Annual report of lunatic asylums [Bombay] - 1912-1922
Year: 1912
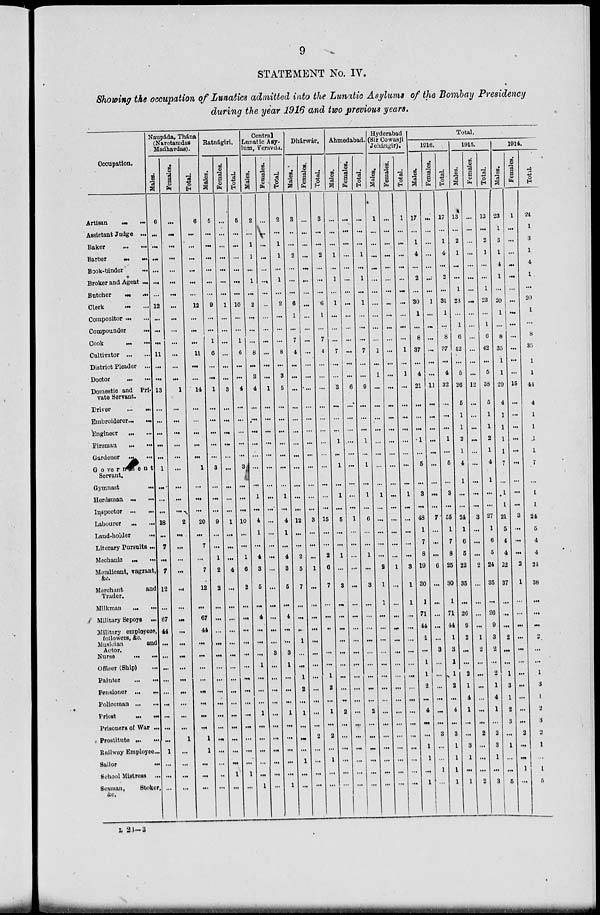
9
STATEMENT No. IV.
Showing the occupation of Lunatics admitted into the Lunatic Asylums of the Bombay Presidency
during the year 1916 and two previous years.
Occupation.
Artisan
...
...
Assistant Judge ...
Baker
...
...
Barber
...
...
Book-binder
...
Broker and Agent ...
Butcher ... ...
Clerk
...
...
Compositor ... ...
Compounder ...
Cook ... ...
Cultivator
...
...
District Pleader
...
Doctor
...
...
Domestic and Pri-
vate Servant.
Driver
...
...
Embroiderer ...
...
Engineer ... ...
Fireman
...
...
Gardener
...
...
Government
Servant.
Gymnast
...
Herdsman ...
...
Inspector
...
...
Labourer
...
...
Land-holder
...
Literary Pursuits ...
Mechanic ... ...
Mendicant, vagrant,
&c.
Merchant
and
Trader.
Milkman
...
...
Military Sepoys
...
Military employees,
followers, &c.
Musician
and
Actor.
Nurse
...
...
Officer (Ship) ...
Painter
...
...
Pensioner ... ...
Policeman
...
...
Priest
...
...
Prisoners of War ...
Prostitute
...
...
Railway Employee ...
Sailor
...
School Mistress ...
Seaman,
Stoker,
&c.
Naupáda, Thána
(Narotamdas
Madhavdas).
Males.
6
...
...
...
...
...
...
12
...
...
...
11
...
...
13
...
...
...
...
...
1
...
...
...
18
...
7
...
7
12
67
44
...
...
...
...
...
...
...
...
...
1
...
...
...
Females.
...
...
...
...
...
...
...
...
...
...
...
...
...
...
1
...
...
...
...
...
...
...
...
...
2
...
...
...
...
...
...
...
...
...
...
...
...
...
...
...
...
1
...
...
...
...
Total.
6
...
...
...
...
...
...
12
...
...
...
11
...
...
14
...
...
...
...
...
1
...
...
...
20
...
7
...
7
12
...
67
44
...
...
...
...
...
...
...
...
1
1
...
...
...
Ratnágiri.
Males.
5
...
...
...
...
...
...
9
...
...
1
6
...
...
1
...
...
...
...
...
3
...
...
...
9
...
...
1
2
2
...
...
...
...
...
...
...
...
...
...
...
...
...
...
..
...
Females.
...
...
...
...
...
...
...
1
...
...
...
...
...
...
3
...
...
...
...
...
...
...
...
...
1
...
...
...
4
...
...
...
...
...
...
...
...
...
...
...
...
...
...
...
1
...
Total.
5
...
...
...
...
...
...
10
...
...
1
6
...
...
4
...
...
...
...
...
3
...
...
...
10
...
...
1
6
2
...
...
...
...
...
...
...
...
...
...
...
...
...
...
1
...
Central
Lunatic Asy-
lum, Yeravda.
Males.
2
...
1
1
...
1
...
2
...
...
...
8
...
3
4
...
...
...
...
...
...
...
1
...
4
1
...
4
3
5
...
4
...
...
...
1
...
...
...
1
...
...
...
...
...
1
Females.
...
...
...
...
...
...
...
...
...
...
...
...
...
...
1
...
...
...
...
...
...
...
...
...
...
...
...
...
...
...
...
...
...
...
3
...
...
...
...
...
...
...
...
...
...
...
Total.
2
...
1
1
...
1
...
2
...
...
...
8
...
3
5
...
...
...
...
...
...
...
1
...
4
1
...
4
3
5
...
4
...
...
3
1
...
...
...
1
...
...
...
...
...
1
Dhárwár.
Males.
3
...
...
2
...
...
...
6
1
...
7
4
...
...
...
...
...
...
...
...
...
...
...
...
12
...
...
2
5
7
...
...
...
1
...
...
1
2
...
1
...
...
...
1
...
...
Females.
...
...
...
...
...
...
...
...
...
...
...
...
...
...
...
...
...
...
...
...
...
...
...
...
3
...
...
...
1
...
...
...
...
...
...
...
...
...
...
...
...
2
...
...
...
...
Total.
3
...
...
2
...
...
...
6
1
...
7
4
...
...
...
...
...
...
...
...
...
...
...
...
15
...
...
2
6
7
...
...
...
...
...
...
1
2
...
1
...
2
...
1
...
...
Ahmedabad.
Males.
...
...
...
1
...
1
...
1
...
...
...
7
...
...
3
...
...
...
1
...
1
...
1
...
5
...
...
1
...
3
...
...
...
...
...
...
...
...
...
2
...
...
...
...
...
...
Females.
...
...
...
...
...
...
...
...
...
...
...
...
...
...
6
...
...
...
....
...
...
...
...
...
1
...
...
...
...
...
...
...
...
...
...
...
...
...
...
...
...
...
...
...
...
...
Total.
...
...
...
1
...
1
...
1
...
...
...
7
...
...
9
...
...
...
1
...
1
...
1
...
6
...
...
1
...
3
...
...
...
...
...
...
...
...
...
2
...
...
...
...
...
...
Hyderabad
(Sir Cowasji
Jehángir).
Males.
1
...
...
...
...
...
...
...
...
...
...
1
...
1
...
...
...
...
...
...
...
...
1
...
...
...
...
...
2
1
1
...
...
...
...
...
...
...
...
...
...
...
...
...
...
...
Females.
...
...
...
...
...
...
...
...
...
...
...
...
...
...
...
...
...
...
...
...
...
...
...
...
...
...
...
...
1
...
...
...
...
...
...
...
...
...
...
...
...
...
...
...
...
...
Total.
1
...
...
...
...
...
...
...
...
...
...
1
...
1
...
...
...
...
...
...
...
...
1
...
...
...
...
...
3
1
1
...
...
...
...
...
...
...
...
...
...
...
...
...
...
Total.
1916.
Males.
17
...
1
4
...
2
...
30
1
...
8
37
...
4
21
...
...
...
1
...
5
...
3
...
48
1
7
8
19
30
1
71
44
1
...
1
1
2
...
4
...
...
1
1
...
1
Females.
...
...
...
...
...
...
...
1
...
...
...
...
...
...
11
...
...
...
...
...
...
...
...
...
7
...
...
...
6
...
...
...
...
...
3
...
...
...
...
...
...
3
...
...
1
...
Total.
17
...
1
4
...
2
...
31
1
...
8
37
...
4
32
...
...
...
1
...
5
...
3
...
55
1
7
8
25
30
1
71
44
1
3
1
1
2
...
4
...
3
1
1
1
1
1915.
Males.
13
...
2
1
...
...
1
23
...
1
6
42
...
5
26
5
1
1
2
1
4
1
...
...
24
1
6
5
22
35
...
26
9
2
...
...
2
1
4
1
...
...
3
1
...
1
Females.
...
...
...
...
...
...
...
...
...
...
...
...
...
...
12
...
...
...
...
...
...
...
...
...
3
...
...
...
2
...
...
...
...
1
2
...
...
...
...
...
...
2
...
...
...
2
Total.
13
...
2
1
...
...
1
23
...
1
6
42
...
5
38
5
1
1
2
1
4
1
...
...
27
1
6
5
24
35
...
26
9
3
2
...
2
1
4
1
...
2
3
1
...
3
1914.
Males.
23
1
3
1
4
1
...
20
1
...
8
35
1
1
29
4
1
1
1
1
7
...
1
1
21
5
4
4
22
37
...
...
...
2
...
...
1
3
1
2
3
...
1
...
...
5
Females.
1
...
...
...
...
...
...
...
...
...
...
...
...
...
15
...
...
...
...
...
...
...
...
...
3
...
...
...
2
1
...
...
...
...
...
...
...
...
...
...
...
2
...
...
1
...
Total.
24
1
3
1
4
1
...
20
1
...
8
35
1
1
44
4
1
1
1
1
7
...
1
1
24
5
4
4
24
38
...
...
...
2
...
...
1
3
1
2
3
2
1
...
1
5
L 23—3